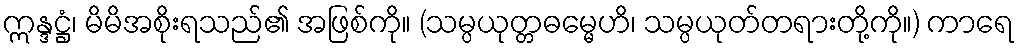
ဣန္ဒဋ္ဌံ၊ မိမိအစိုးရသည်၏ အဖြစ်ကို။ (သမ္ပယုတ္တဓမ္မေဟိ၊ သမ္ပယုတ်တရားတို့ကို။) ကာရေ